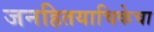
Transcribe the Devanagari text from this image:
जनहितयाचिकेचा